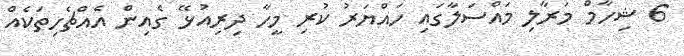
6 ޝިހާމް މަރާލި މައްސަލާގައި ހައްޔަރު ކުރި މީހާ ދިރިއުޅޭ ގެއިން އެއްޗެހިތަކެއް